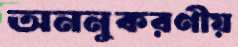
অননুকরণীয়